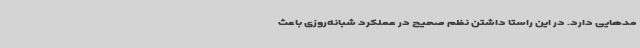
مدهایی دارد. در این راستا داشتن نظم صحیح در عملکرد شبانه‌روزی باعث